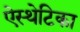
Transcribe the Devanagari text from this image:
ऐस्थेटिका